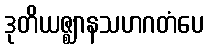
ဒုတိယဇ္ဈာနသဟဂတံပေ